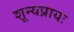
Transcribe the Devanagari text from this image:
शून्यप्रायः